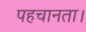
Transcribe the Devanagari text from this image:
पहचानता।